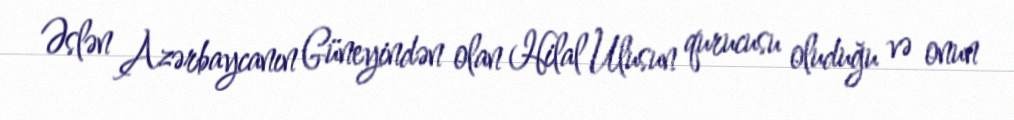
Əslən Azərbaycanın Güneyindən olan Hilal Ulusun qurucusu oluduğu və onun